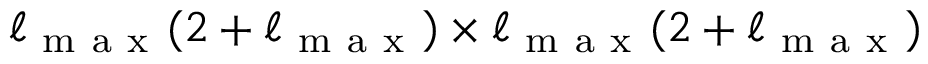
\ell _ { \mathrm { ~ m ~ a ~ x ~ } } ( 2 + \ell _ { \mathrm { ~ m ~ a ~ x ~ } } ) \times \ell _ { \mathrm { ~ m ~ a ~ x ~ } } ( 2 + \ell _ { \mathrm { ~ m ~ a ~ x ~ } } )